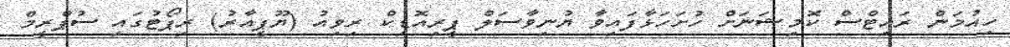
ހިއުމަން ރައިޓްސް ކޮމިޝަނަށް ހުށަހަޅާފައިވާ ޔުނިވާސަލް ޕީރިއޮޑިކް ރިވިއު (ޔޫޕީއާރު) ރިޕޯޓުގައި ސުޕްރީމް